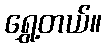
ရွှေ့တယ်။